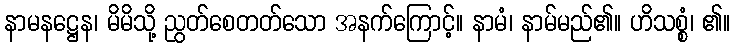
နာမနဋ္ဌေန၊ မိမိသို့ ညွတ်စေတတ်သော အနက်ကြောင့်။ နာမံ၊ နာမ်မည်၏။ ဟိသစ္စံ၊ ၏။